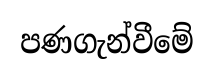
පණගැන්වීමේ